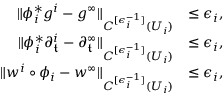
\begin{array} { r l } { \Vert \phi _ { i } ^ { * } g ^ { i } - g ^ { \infty } \Vert _ { C ^ { [ \epsilon _ { i } ^ { - 1 } ] } ( U _ { i } ) } } & { \leq \epsilon _ { i } , } \\ { \Vert \phi _ { i } ^ { * } \partial _ { \mathfrak { t } } ^ { i } - \partial _ { \mathfrak { t } } ^ { \infty } \Vert _ { C ^ { [ \epsilon _ { i } ^ { - 1 } ] } ( U _ { i } ) } } & { \leq \epsilon _ { i } , } \\ { \Vert w ^ { i } \circ \phi _ { i } - w ^ { \infty } \Vert _ { C ^ { [ \epsilon _ { i } ^ { - 1 } ] } ( U _ { i } ) } } & { \leq \epsilon _ { i } , } \end{array}